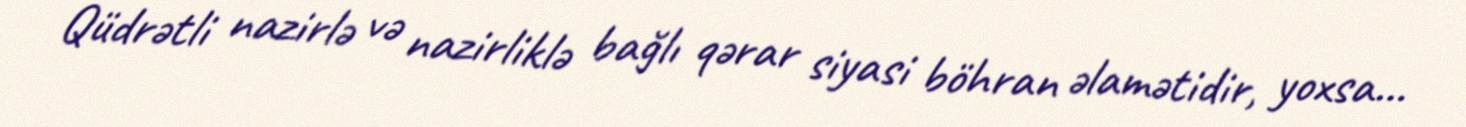
Qüdrətli nazirlə və nazirliklə bağlı qərar siyasi böhran əlamətidir, yoxsa...